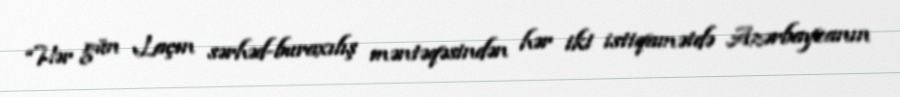
“Hər gün Laçın sərhəd-buraxılış məntəqəsindən hər iki istiqamətdə Azərbaycanın